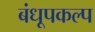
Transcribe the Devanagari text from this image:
बंधूपकल्प